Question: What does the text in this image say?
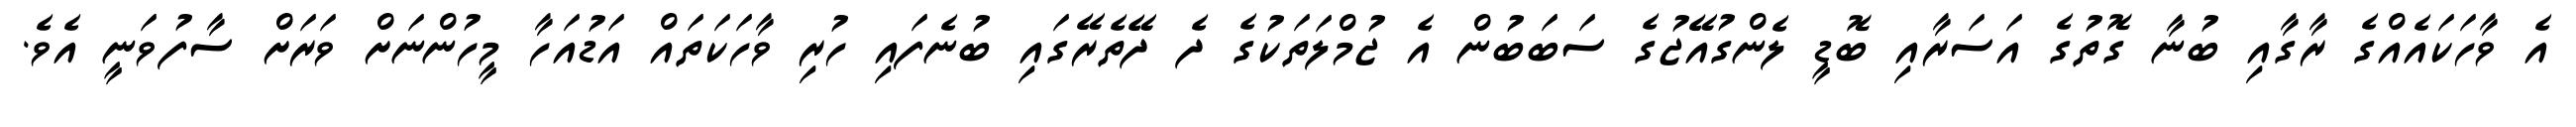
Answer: އެ ވާހަކައެއްގެ ރާގާއި ބުނާ ގޮތުގެ އަސަރާއި ބޮޑީ ލެންގުއޭޖުގެ ސަބަބުން އެ ޖުމްލަތަކުގެ ދެ ދޭތެރޭގައި ބުނެފައި ހުރި ވާހަކަތައް އަޑުއަހާ މީހުންނަށް ވަރަށް ސާފުވަނީ އެވެ.